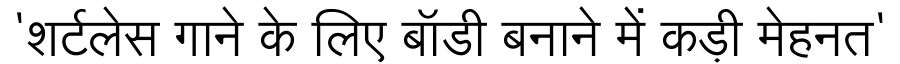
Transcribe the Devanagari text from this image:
'शर्टलेस गाने के लिए बॉडी बनाने में कड़ी मेहनत'